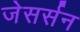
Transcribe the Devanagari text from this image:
जेसर्सन